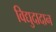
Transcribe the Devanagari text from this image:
विद्युदादान